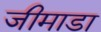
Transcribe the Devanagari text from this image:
जीमाडा